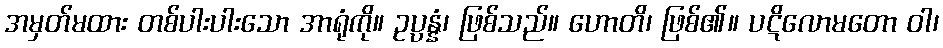
အမှတ်မထား တစ်ပါးပါးသော အာရုံကို။ ဥပ္ပန္နံ၊ ဖြစ်သည်။ ဟောတိ၊ ဖြစ်၏။ ပဋိလောမတော ဝါ၊